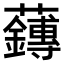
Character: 𫊙